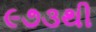
૯૭૩થી